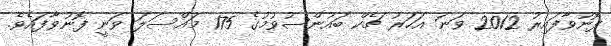
ފޮނުވާފައިރު 2012 ވަނަ އަހަރު ޗެކް ބައުންސުވުމުގެ 175 މައްސަލަ ވަނީ ފޮނުވާފައެވެ.